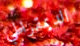
الديمقراطي